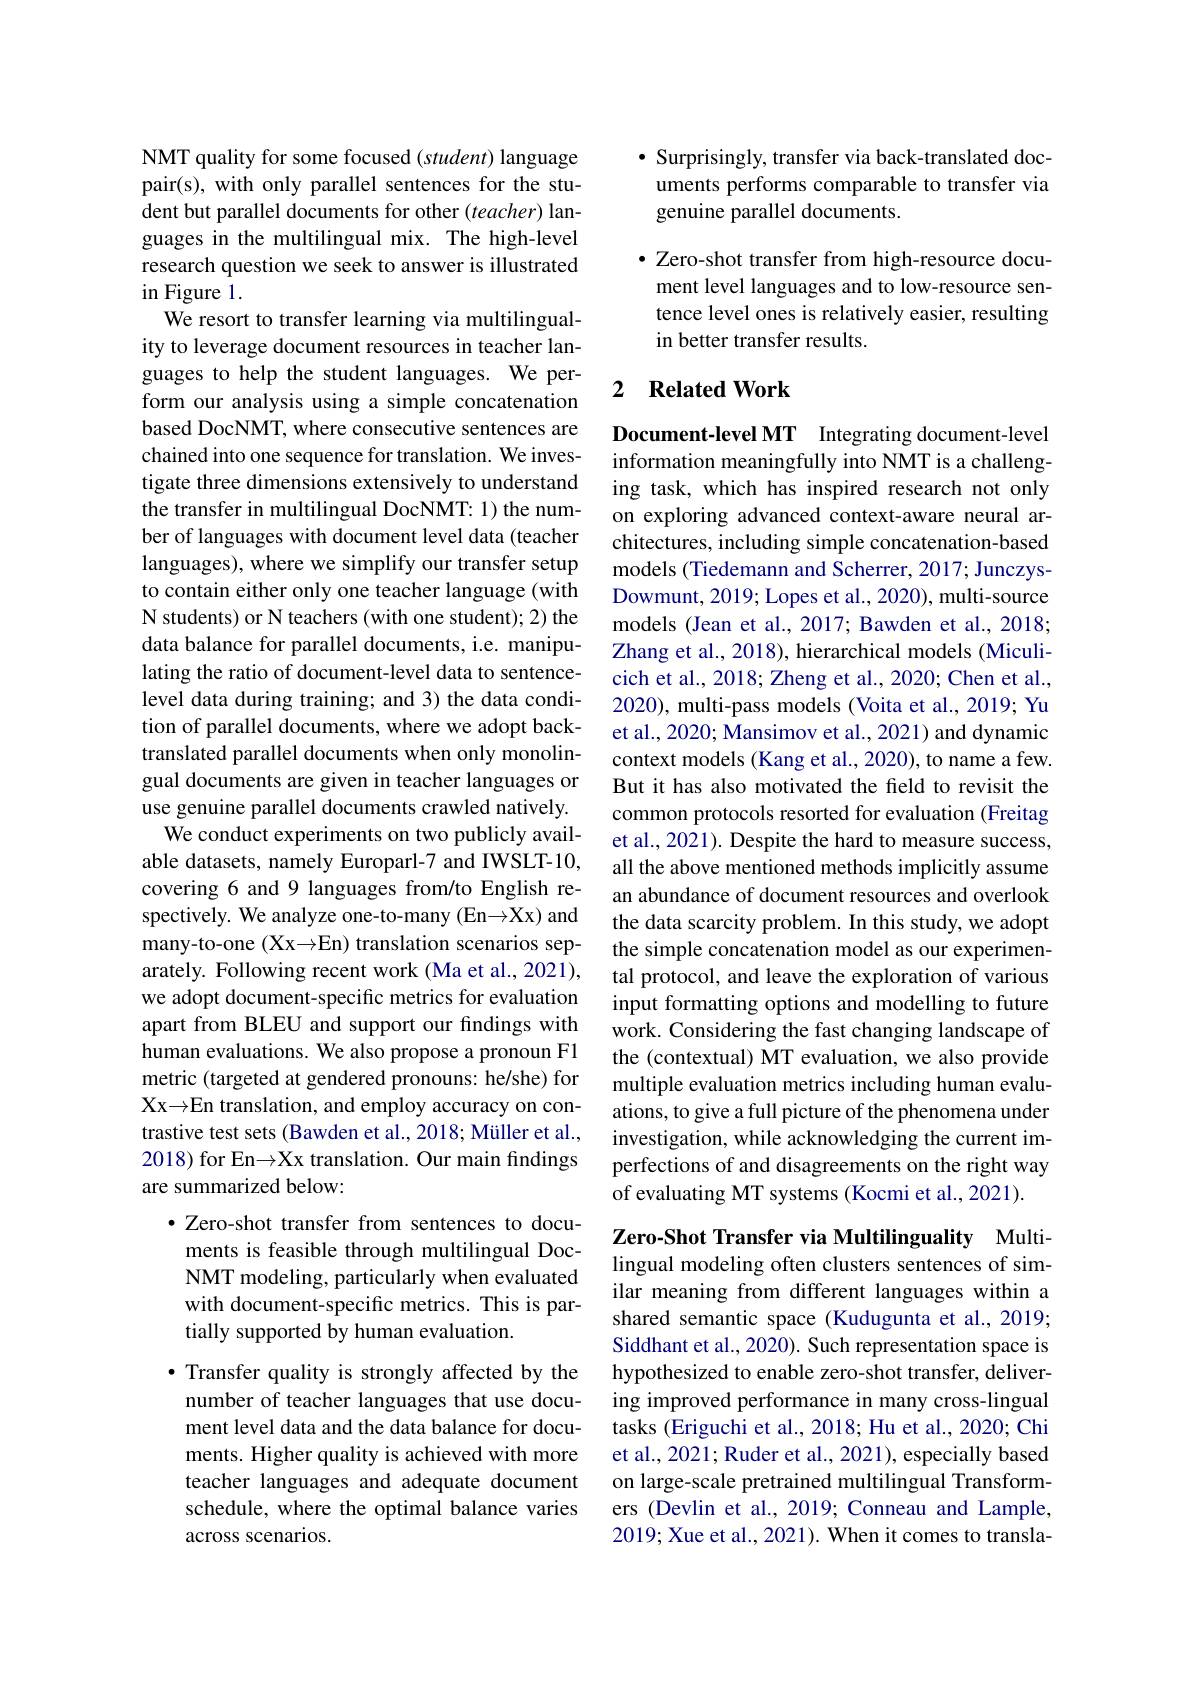
NMT quality for some focused (student) language pair(s), with only parallel sentences for the student but parallel documents for other (teacher) languages in the multilingual mix. The high-level research question we seek to answer is illustrated in Figure 1.
We resort to transfer learning via multilinguality to leverage document resources in teacher languages to help the student languages. We perform our analysis using a simple concatenation based DocNMT, where consecutive sentences are chained into one sequence for translation. We investigate three dimensions extensively to understand the transfer in multilingual DocNMT: 1) the number of languages with document level data (teacher languages), where we simplify our transfer setup to contain either only one teacher language (with N students) or N teachers (with one student); 2) the data balance for parallel documents, i.e. manipulating the ratio of document-level data to sentencelevel data during training; and 3) the data condition of parallel documents, where we adopt backtranslated parallel documents when only monolingual documents are given in teacher languages or use genuine parallel documents crawled natively.
We conduct experiments on two publicly available datasets, namely Europarl-7 and IWSLT-10, covering 6 and 9 languages from/to English respectively. We analyze one-to-many (En$\to$X$x)$ and many-to-one (Xx{→}En) translation scenarios separately. Following recent work (Ma et al., 2021), we adopt document-specific metrics for evaluation apart from BLEU and support our findings with human evaluations. We also propose a pronoun F1 metric (targeted at gendered pronouns: he/she) for Xx→En translation, and employ accuracy on contrastive test sets (Bawden et al., 2018; Müller et al., 2018) for En$\to$X$x$ translation. Our main findings are summarized below:
$\bullet$ Zero-shot transfer from sentences to documents is feasible through multilingual DocNMT modeling, particularly when evaluated with document-specific metrics. This is partially supported by human evaluation.
$\bullet$ Transfer quality is strongly affected by the number of teacher languages that use document level data and the data balance for documents. Higher quality is achieved with more teacher languages and adequate document schedule, where the optimal balance varies across scenarios.

$\bullet$ Surprisingly, transfer via back-translated documents performs comparable to transfer via genuine parallel documents.

$\bullet$ Zero-shot transfer from high-resource document level languages and to low-resource sentence level ones is relatively easier, resulting in better transfer results.

## 2 $\textbf{Related Work}$

Document-level MT Integrating document-level information meaningfully into NMT is a challenging task, which has inspired research not only on exploring advanced context-aware neural architectures, including simple concatenation-based models (Tiedemann and Scherrer, 2017; JunczysDowmunt, 2019; Lopes et al., 2020), multi-source models (Jean et al., 2017; Bawden et al., 2018; Zhang et al., 2018), hierarchical models (Miculicich et al., 2018; Zheng et al., 2020; Chen et al., 2020), multi-pass models (Voita et al., 2019; Yu et al., 2020; Mansimov et al., 2021) and dynamic context models (Kang et al., 2020), to name a few. But it has also motivated the field to revisit the common protocols resorted for evaluation (Freitag et al., 2021). Despite the hard to measure success, all the above mentioned methods implicitly assume an abundance of document resources and overlook the data scarcity problem. In this study, we adopt the simple concatenation model as our experimental protocol, and leave the exploration of various input formatting options and modelling to future work. Considering the fast changing landscape of the (contextual) MT evaluation, we also provide multiple evaluation metrics including human evaluations, to give a full picture of the phenomena under investigation, while acknowledging the current imperfections of and disagreements on the right way of evaluating MT systems (Kocmi et al., 2021).

Zero-Shot Transfer via Multilinguality Multi-

lingual modeling often clusters sentences of similar meaning from different languages within a shared semantic space (Kudugunta et al., 2019; Siddhant et al., 2020). Such representation space is hypothesized to enable zero-shot transfer, delivering improved performance in many cross-lingual tasks (Eriguchi et al., 2018; Hu et al., 2020; Chi et al., 2021; Ruder et al., 2021), especially based on large-scale pretrained multilingual Transformers (Devlin et al., 2019; Conneau and Lample, 2019; Xue et al., 2021). When it comes to transla-